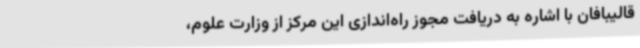
قالیبافان با اشاره به دریافت مجوز راه‌اندازی این مرکز از وزارت علوم،